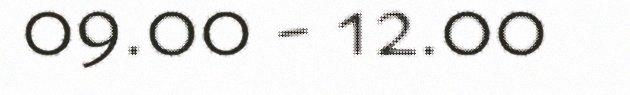
09.00 - 12.00